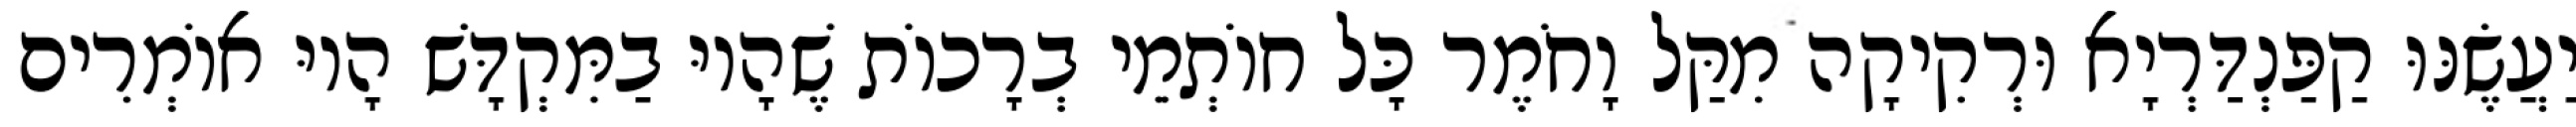
יַעֲשֶׂנּוּ קַפַּנְדַּרְיָא וּרְקִיקָה מִקַּל וָחֹמֶר כָּל חוֹתְמֵי בְרָכוֹת שֶׁהָיוּ בַמִּקְדָּשׁ הָיוּ אוֹמְרִים